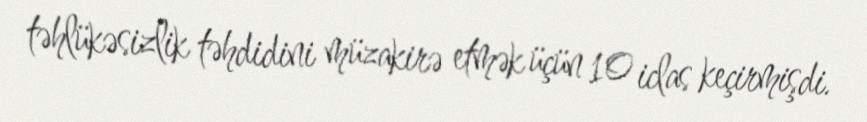
təhlükəsizlik təhdidini müzakirə etmək üçün 10 iclas keçirmişdi.